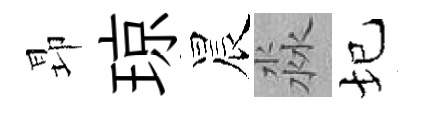
昻琼晨淼圮